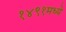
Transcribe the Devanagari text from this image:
१४९१मध्ये